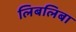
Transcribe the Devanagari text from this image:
लिबलिबा